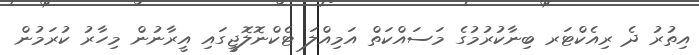
އިތުރު ދެ ރިއެކްޓަރ ބިނާކުރުމުގެ މަސައްކަތް އަމިއްލަ ޓެކްނޮލޮޖީގައި އީރާނުން މިހާރު ކުރަމުން